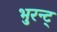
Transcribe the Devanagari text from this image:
भुरन्ट्